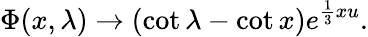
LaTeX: \Phi(x,\lambda)\rightarrow(\cot\lambda-\cot x)e^{\frac{1}{3}xu}.